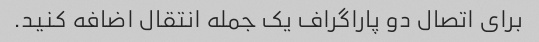
برای اتصال دو پاراگراف یک جمله انتقال اضافه کنید.